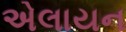
એલાયન